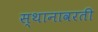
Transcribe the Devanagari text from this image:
स्थानावरती